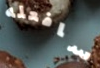
سافعله